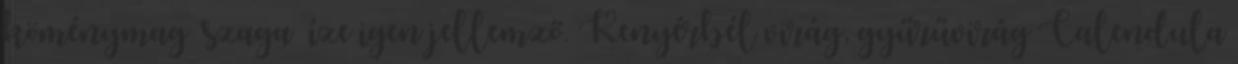
köménymag szaga íze igen jellemző. Kenyérbél virág, gyűrűvirág Calendula